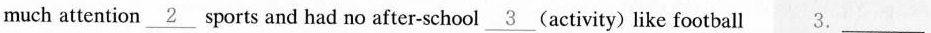
much attention\underline{2} sports and had no after-school\underline{3}(activity) like football 3. ___